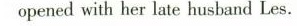
opened with her late husband Les.